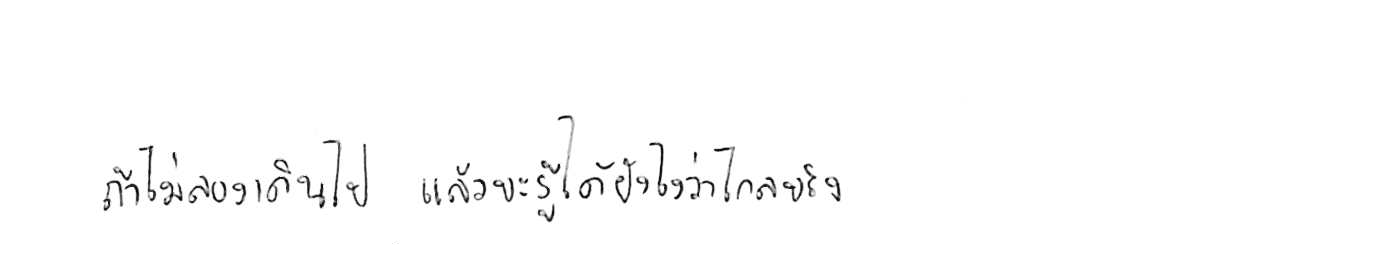
ถ้าไม่ลองเดินไป แล้วจะรู้ได้ยังไงว่าไกลจริง